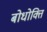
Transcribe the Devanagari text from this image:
बोधोक्ति